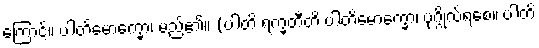
ကြောင့်။ ပါတိမောက္ခော၊ မည်၏။ (ပါတိ ရက္ခတီတိ ပါတိမောက္ခော၊ ပုဂ္ဂိုလ်ရစေ။ ပါတိ